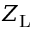
Z _ { \mathrm { L } }